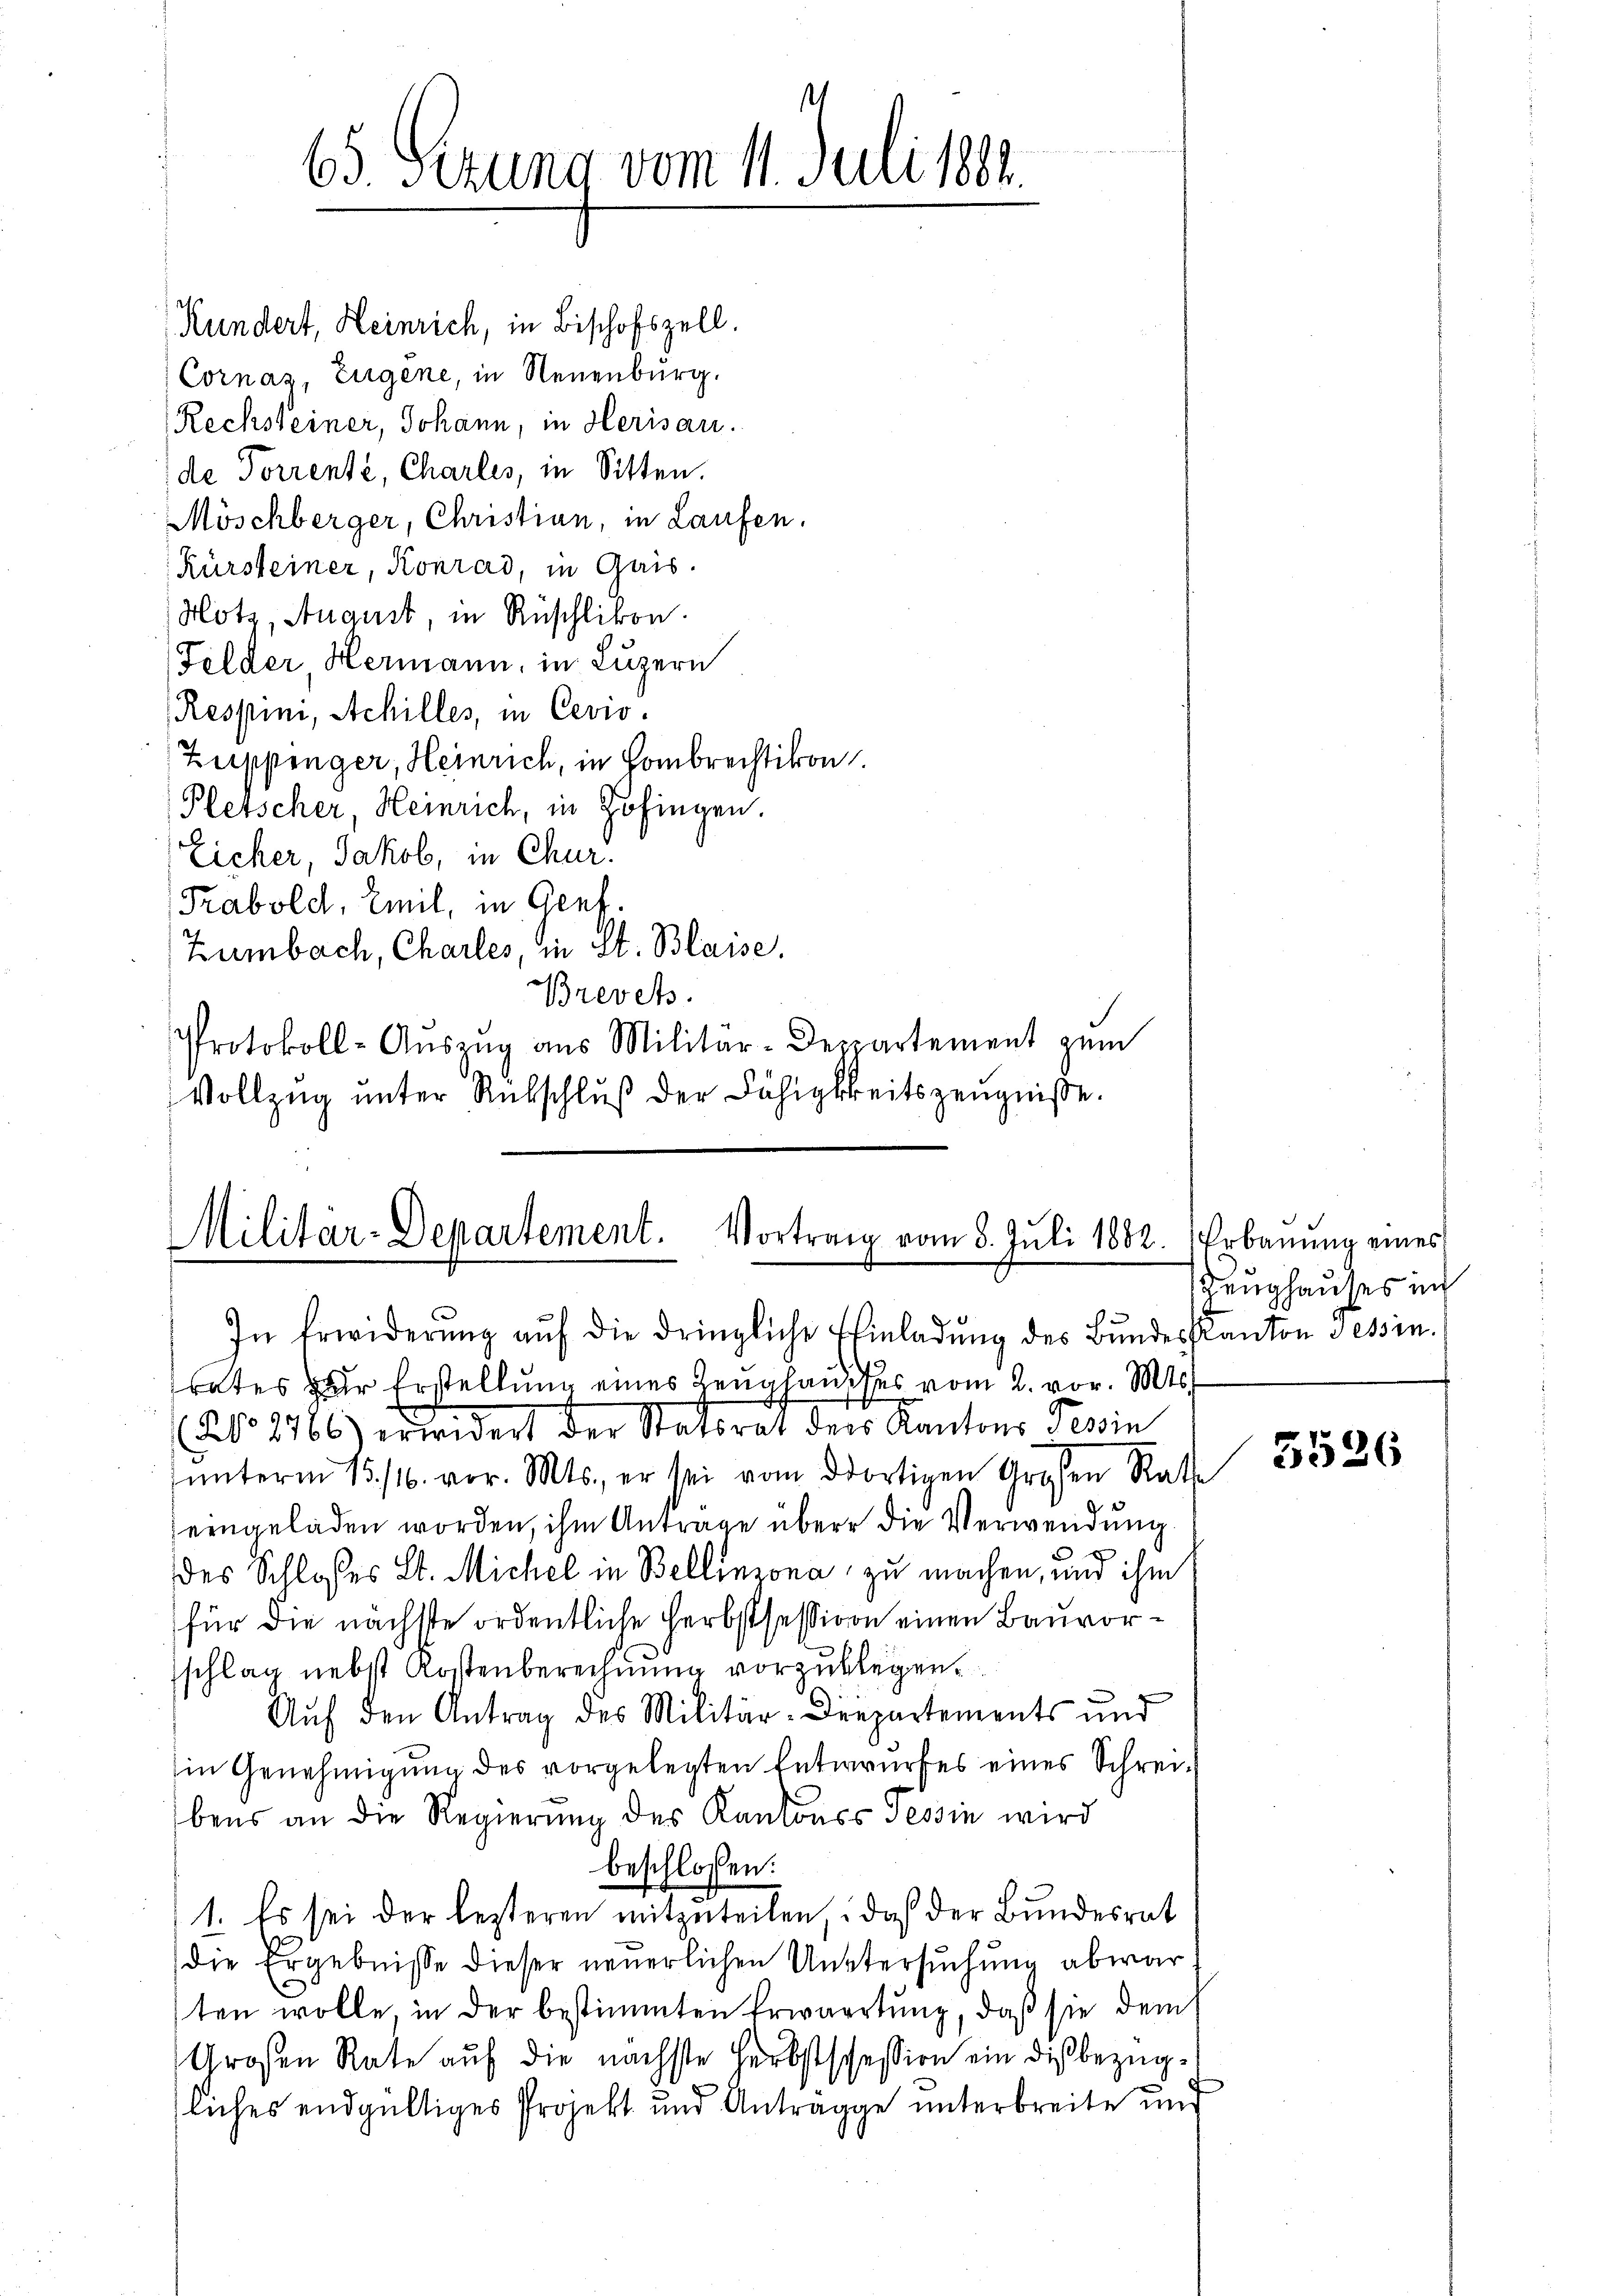
65. Sezung vom 11. Juli 1881.

Kundert, Heinrich, in Bischofszell.
Cornas, Eugene, in Neuenburg.
Rechsteiner, Johann, in Herisau.
de Torrente, Charlis, in Sitten.
Möschberger, Christian, in Laufen.
Kürsteiner, Konrad, in Gais.
Notz, August, in Rüschlikon.
Felder Hermann, in Luzern
(Respini, Achilles, in Cevio.
Zuppinger, Heinrich, in Hombrechtikon
Plerscher, Heinrich, in Zofingen.
Eicher, Jakob, in Chur.
Trabold, Emil, in Genf.
Zumbach, Chartes, in St. Blaise.
Brevets.
Protokoll-Aŭszŭg aŭs Militär-Deppartement zum
Vollzug unter Rebschluß der Fähigkeitszeugniße.

Militar-Departement. Vortrag vom 8. Juli 1882. Erbauung eines
In Erwiderŭng aŭf die dringliche Einladŭng des Bŭndeskanton Tessin.

rates zur Erstellung eines Zeughauses vom 2. vor. Mts.
No 8766) erwidert der Statorat der Kantons Tessin
ŭnterm 15. 116. vor. Mts., er sei vom dortigen Großen Rathe
eingeladen worden, ihm Antrage über die Verwendung
des Schlosses St. Michel in Bellinzona zu machen, und ihm
für die nächste ordentliche Herbstsession einen Bauvorschlag nebst Kostenberechnung vorzulegen.
Auf den Antrag des Militär-Drepartements und
in Genehmigung des vorgelegten Entwurfes eines Schreibens an die Regierung des Kantonss Tessin wird
beschlossen:
1. Es sei der lezteren mitzuteilen, daß der Bundesrat
die Ergebnisse dieser neuerlichen Untersŭchŭng abwar
ten wolle, in der bestimmten Erwartung, daß sie dem
Großen Rate auf die nächste Herbstschession ein diesbezügliches endgültiges Projekt und Anträge unterbreite und

Zeughauses in

3526